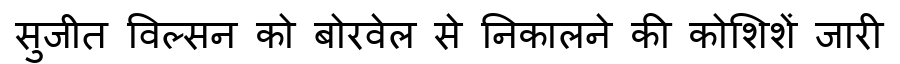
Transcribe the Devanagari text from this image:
सुजीत विल्सन को बोरवेल से निकालने की कोशिशें जारी